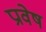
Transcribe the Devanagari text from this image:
प्रावेष